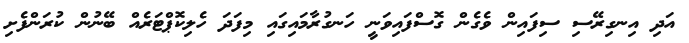
އަދި އިނގިރޭސި ސިފައިން ވެގެން ގޮސްފައިވަނީ ހަނގުރާމައިގައި މިފަދަ ހެލިކޮޕްޓަރެއް ބޭނުން ކުރަންފެށި